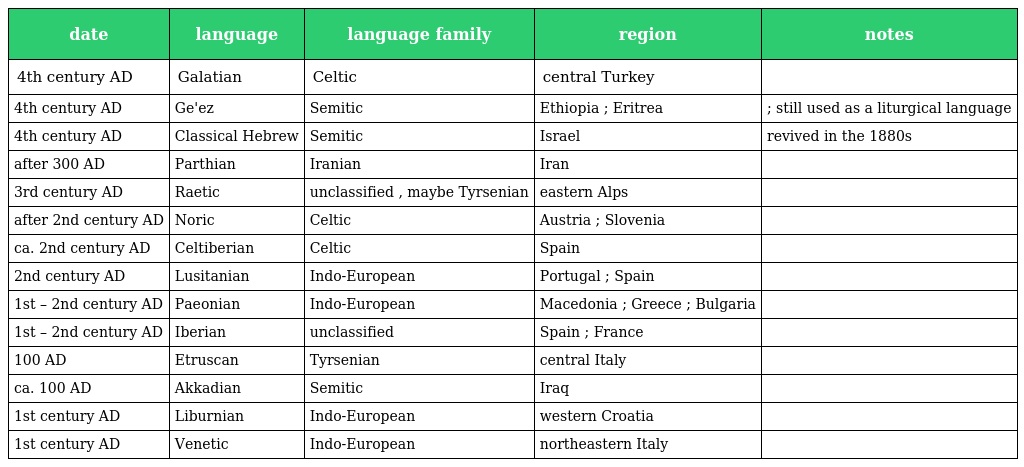
| date | language | language family | region | notes |
 | --- | --- | --- | --- | --- |
 | 4th century AD | Galatian | Celtic | central Turkey |  |
 | 4th century AD | Ge'ez | Semitic | Ethiopia ; Eritrea | ; still used as a liturgical language |
 | 4th century AD | Classical Hebrew | Semitic | Israel | revived in the 1880s |
 | after 300 AD | Parthian | Iranian | Iran |  |
 | 3rd century AD | Raetic | unclassified , maybe Tyrsenian | eastern Alps |  |
 | after 2nd century AD | Noric | Celtic | Austria ; Slovenia |  |
 | ca. 2nd century AD | Celtiberian | Celtic | Spain |  |
 | 2nd century AD | Lusitanian | Indo-European | Portugal ; Spain |  |
 | 1st – 2nd century AD | Paeonian | Indo-European | Macedonia ; Greece ; Bulgaria |  |
 | 1st – 2nd century AD | Iberian | unclassified | Spain ; France |  |
 | 100 AD | Etruscan | Tyrsenian | central Italy |  |
 | ca. 100 AD | Akkadian | Semitic | Iraq |  |
 | 1st century AD | Liburnian | Indo-European | western Croatia |  |
 | 1st century AD | Venetic | Indo-European | northeastern Italy |  |